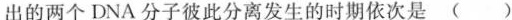
出的两个DNA分子彼此分离发生的时期依次是 ( )